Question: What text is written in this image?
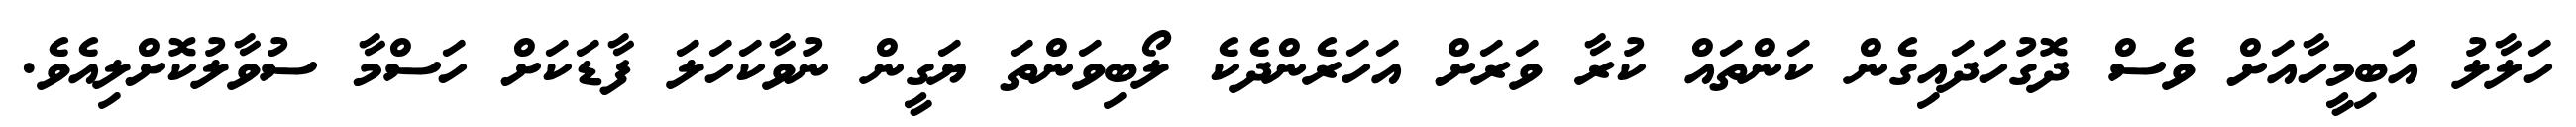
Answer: ހަލާލު އަބިމީހާއަށް ވެސް ދޮގުހަދައިގެން ކަންތައް ކުރާ ވަރަށް އަހަރެންދެކެ ލޯބިވަންތަ ޔަގީން ނުވާކަހަލަ ފާޑަކަށް ހަސްމާ ސުވާލުކޮށްލިއެވެ.